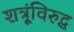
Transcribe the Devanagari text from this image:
शत्रूंविरुद्ध